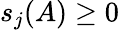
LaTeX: s_{j}(A)\geq 0